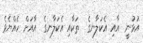
އުޅުނީ  އާއި އެކަލާނގެ  ތަކާއި އެކަލާނގެ  އާއަށް ހެއްޔެވެ